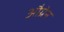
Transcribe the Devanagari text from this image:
औग्रेन